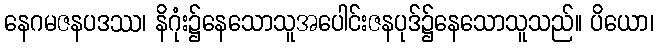
နေဂမဇနပဒဿ၊ နိဂုံး၌နေသောသူအပေါင်းဇနပုဒ်၌နေသောသူသည်။ ပိယော၊